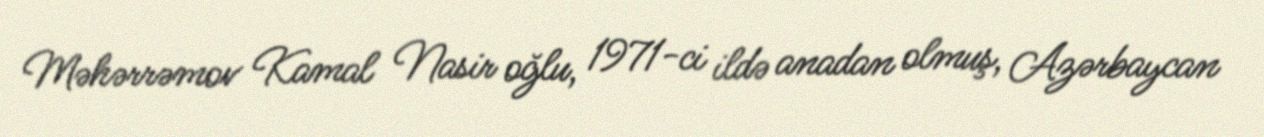
Məhərrəmov Kamal Nasir oğlu, 1971-ci ildə anadan olmuş, Azərbaycan